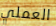
العملي